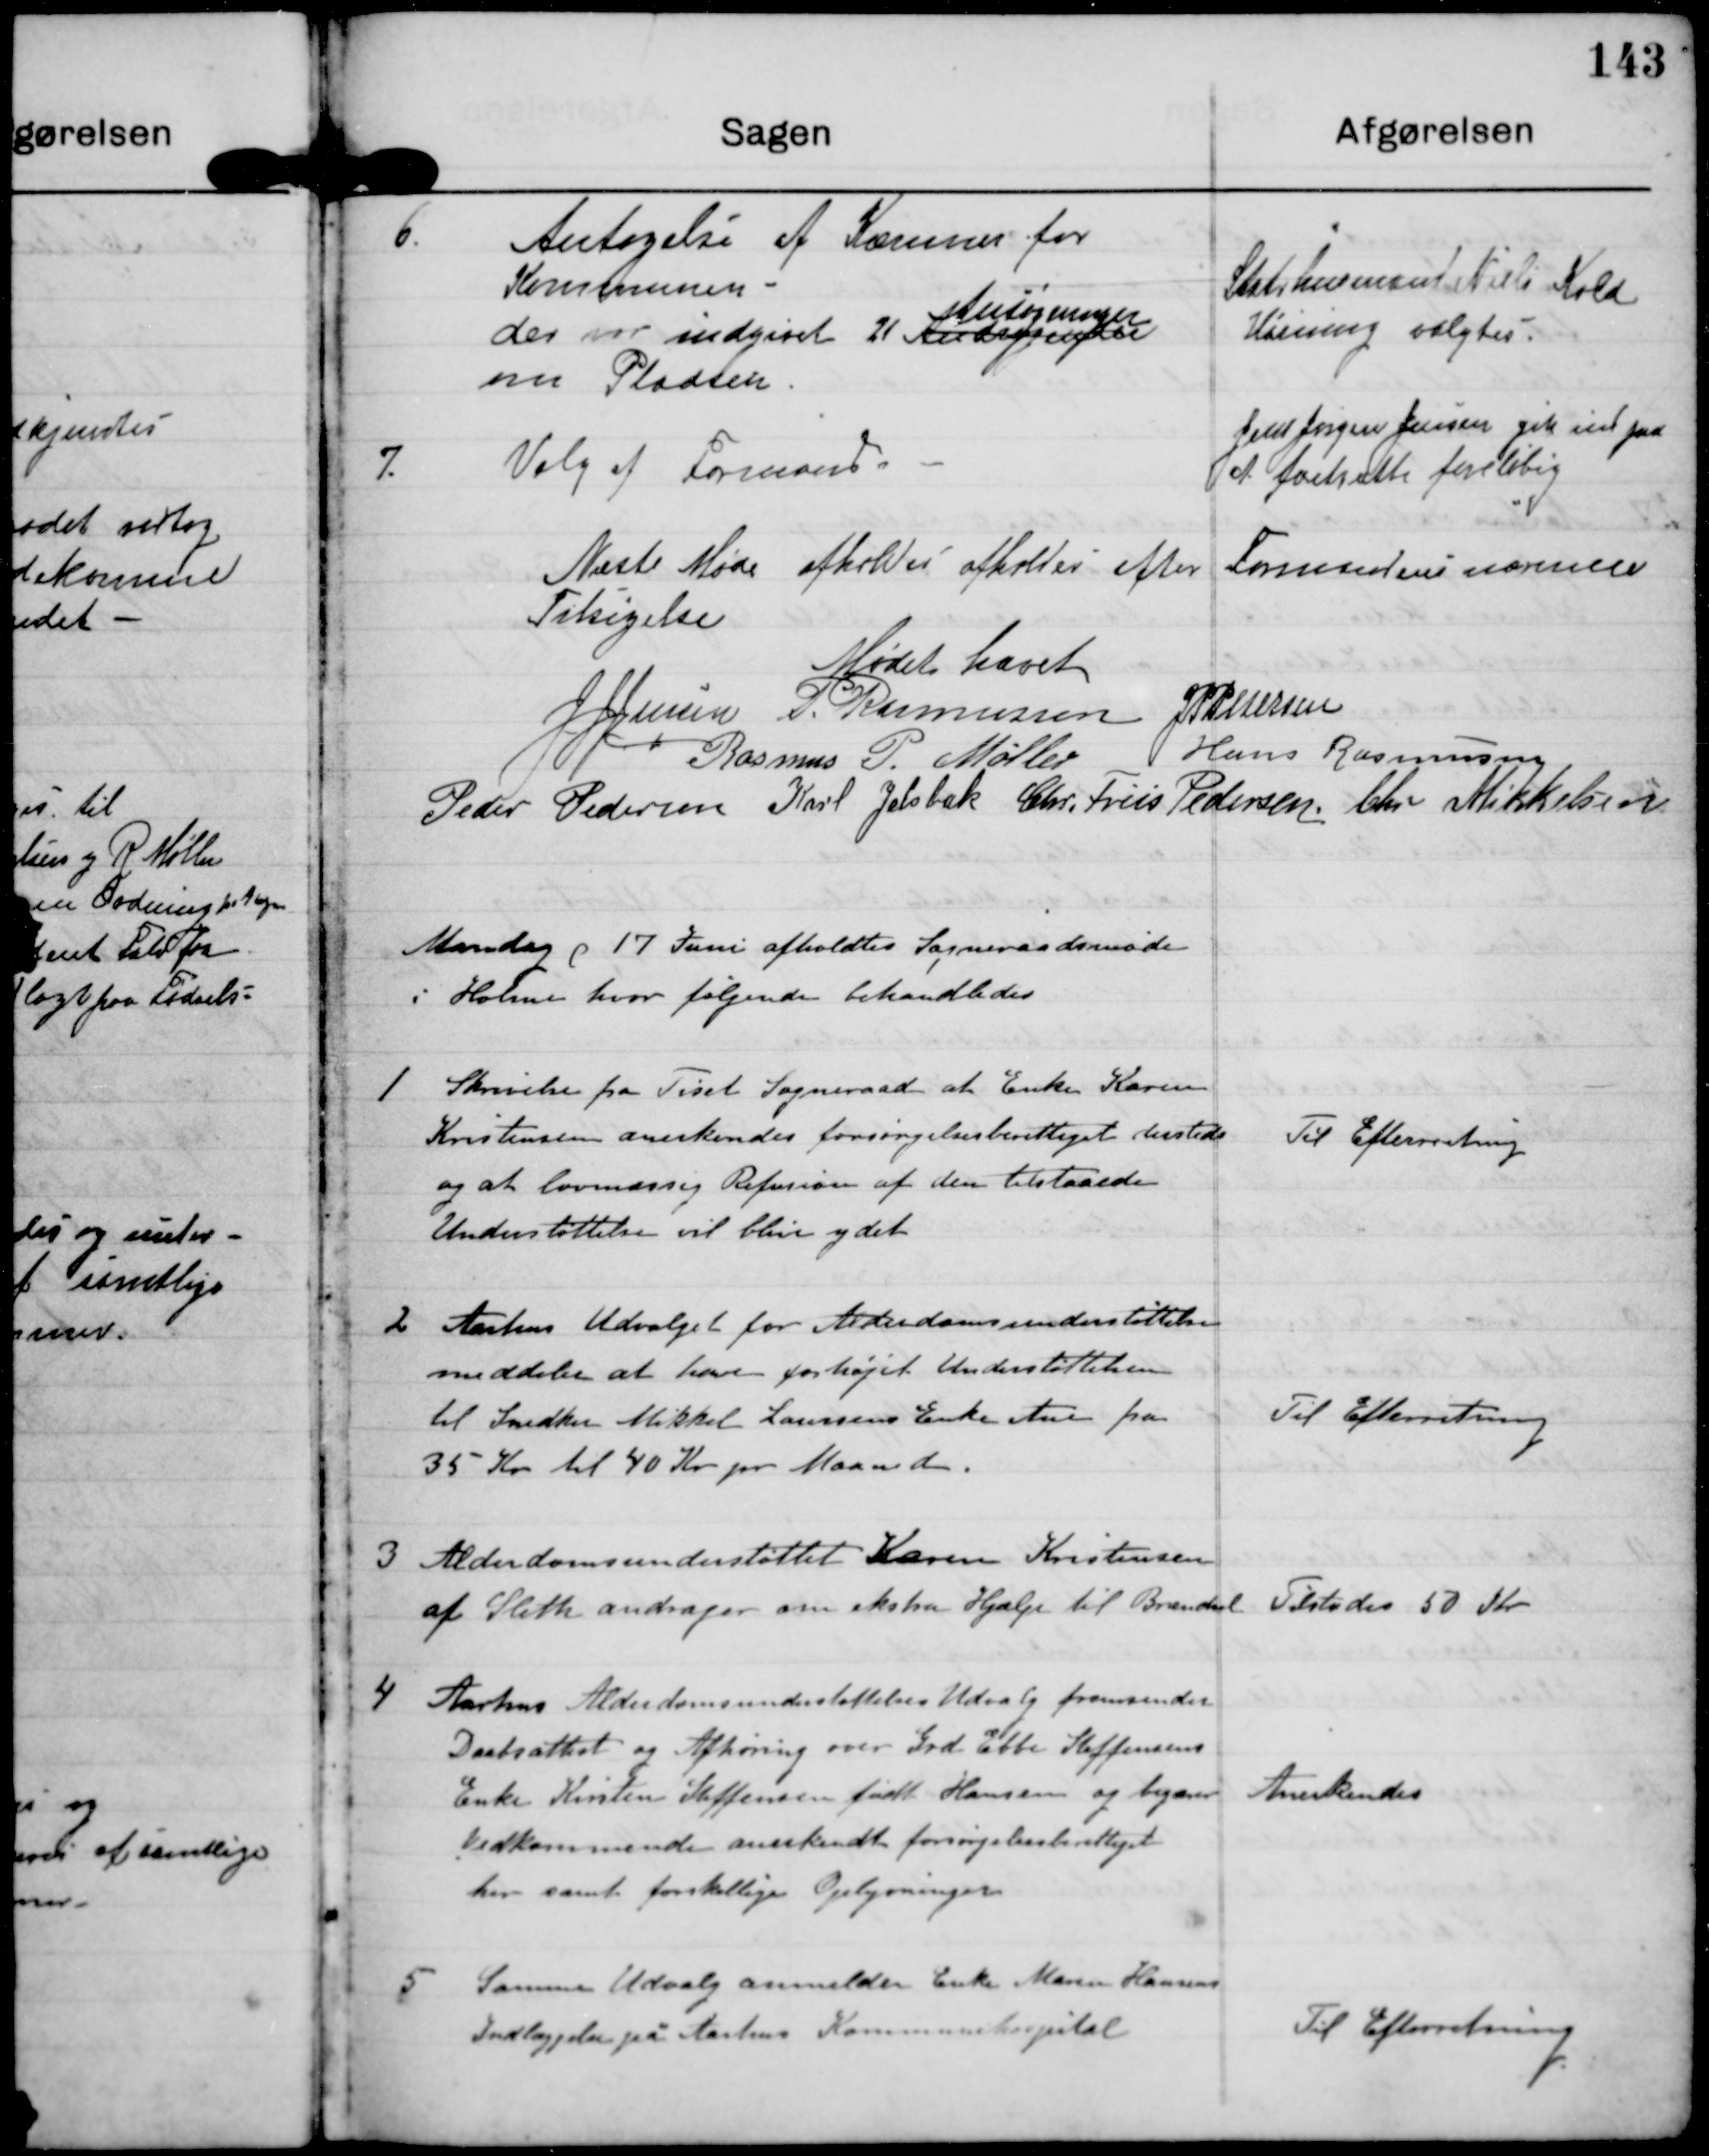
Transskription:
6.

Antagelse af Kæmner for
Kommunen
Ansøgninger
der var indgivet 21 Andragender
om Pladsen.

Statshusmand Niels Kold
Hørning valgtes.

7.

Valg af Formand.

Jens Jørgen Jensen gik ind paa
at fortsætte foreløbig.

Næste Møde afholdes afholdes efter Formandens nærmere
Tilsigelse

Mødet hævet

J J Jensen

P. Rasmussen

J P Pedersen

Rasmus P. Møller

Hans Rasmussen

Peder Pedersen

Karl Jelsbak

Chr. Friis Pedersen

Chr. Mikkelsen

Mandag d 17 Juni afholdtes Sogneraadsmøde
i Holme hvor følgende behandledes.

1

Skrivelse fra Tiset Sogneraad at Enken Karen
Kristensen anerkendes forsørgelsesberettiget dersteds
og at lovmæssig Refusion af den tilstaaede
Understøttelse vil blive ydet.

Til Efterretning

2

Aarhus Udvalget for Alderdomsunderstøttelse
meddeler at have forhøjet Understøttelsen
til Snedker Mikkel Laursens Enke Ane fra
35 Kr til 40 kr pr Maaned.

Til Efterretning

3

Alderdomsunderstøttet Karen Kristensen
af Sleth andrager om ekstra Hjælp til Brændsel

Tilstedes 50 kr

4

Aarhus Alderdomsunderstøttelses Udvalg fremsender
Daabsattest og Afhøring over Grd. Ebbe Steffensens
Enke Kirstine Steffensen født Hansen og begærer
Vedkommende anerkendt forsørgelsesberettiget
her samt forskellige Oplysninger.

Anerkendes

5

Samme Udvalg anmelder Enke Maren Hansens
Indlæggelse paa Aarhus Kommunehospital.

Til Efterretning